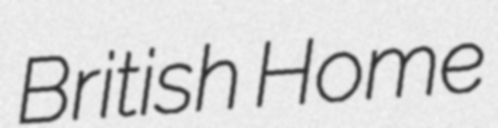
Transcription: British Home